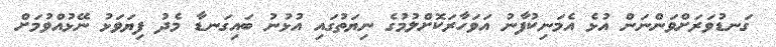
ގަނޑުވަރަށްވަންނަން އުޅެ އެމަނިކުފާނު އަވަހާރަކޮށްލުމުގެ ނިޔަތުގައި އުޅުނު ބައިގަނޑާ މެދު ފިޔަވަޅު ނޭޅުއްވުމަށް